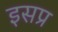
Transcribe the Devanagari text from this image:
इसप्र